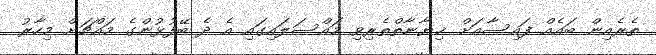
ތެރެއިން ބައެއް ފައިސާއަށް ޚިޔާނާތްތެރިވި މައްސަލައިގައި އެ ދެ ބޭފުޅުންގެ މައްޗަށް މިހާރު